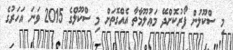
މި ސްކޫލުން ފޯރުކޮށްދޭ މަޢުލޫމާތާ އެއްގޮތަށް މި ސްކޫލްގެ 2015 ވަނަ އަހަރުގެ